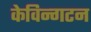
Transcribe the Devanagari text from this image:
केविन्गटन